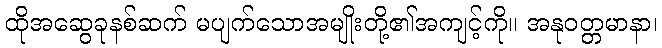
ထိုအဆွေခုနစ်ဆက် မပျက်သောအမျိုးတို့၏အကျင့်ကို။ အနုဝတ္တမာနာ၊